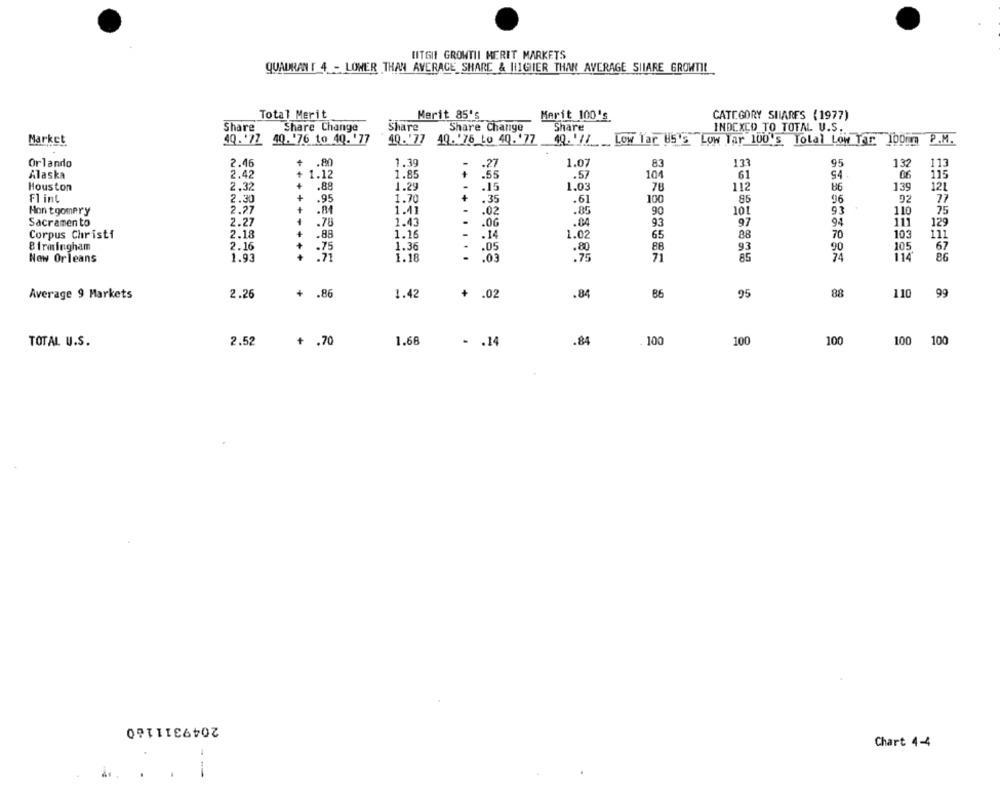
UITGH GROWTII MERIT MARKETS
QUADRANT 4 - LOWER THAN AVERAGE SHARE & HIGHIER THAN AVERAGE SIIARE GROWTIL
Total Merit
Merit 85's
Marit 100's
CATEGORY SHARES (1977)
Share
Share Change
Share
Share Change
Share
INDEXCD TO TOTAL U.S.
Market
4Q.'77 40. '76 to 40.'77
40. '77 49. 76 Lo 40. '77
10. 12
Low Tar US'S Low Tar 100's Tolal Low Tar 100mm
P.M.
Orlando
2.46
.80
1.39
-27
1.07
83
133
95
132
113
Alaska
2.42
1.12
1.85
+
.55
.57
104
61
S4.
06
115
Houston
2.32
.88
1.29
.15
1.03
78
112
86
139
121
Flint
2.30
+
1.70
.35
100
85
96
92
77
.95
.61
Hon tgomery
2.77
.81
1.41
.02
.80
90
101
110
2.27
1.43
.04
93
97
94
111
Sacramento
.78
.0G
129
Corpus Christi
2.18
.88
1.16
. 14
1.02
65
88
70
103
111
2.16
.05
88
105
Birmingham
.75
1.36
.80
93
90
New Orleans
1.93
1.18
.03
.75
71
85
74
114
86
2.26
+
.86
1.42
+
.02
.84
86
95
88
110 99
Average 9 Markets
TOTAL U.S.
2.52
+ .70
1.68
- . 14
.84
. 100
100
100
100 100
2049311160
Chart 4-4
--